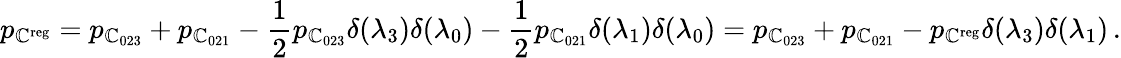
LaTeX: p_{\mathbb{C}^{\mathrm{{reg}}}}=p_{\mathbb{C}_{023}}+p_{\mathbb{C}_{021}}-\frac{{1}}{{2}}p_{\mathbb{C}_{023}}\delta({\lambda}_{3})\delta({\lambda}_{0})-\frac{{1}}{{2}}p_{\mathbb{C}_{021}}\delta({\lambda}_{1})\delta({\lambda}_{0})=p_{\mathbb{C}_{023}}+p_{\mathbb{C}_{021}}-p_{\mathbb{C}^{\mathrm{{reg}}}}\delta({\lambda}_{3})\delta({\lambda}_{1})\, .